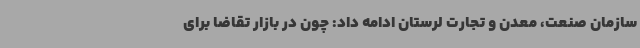
سازمان صنعت، معدن و تجارت لرستان ادامه داد: چون در بازار تقاضا برای